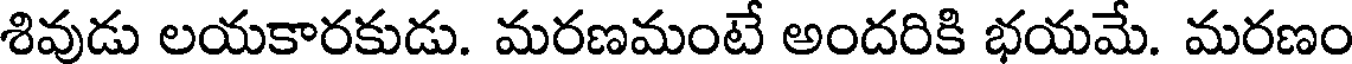
శివుడు లయకారకుడు. మరణమంటే అందరికి భయమే. మరణం